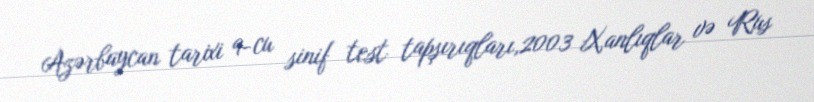
Azərbaycan tarixi 9-cu sinif test tapşırıqları,2003 Xanlıqlar və Rus